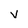
Character: V